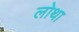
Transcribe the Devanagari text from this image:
लोथा